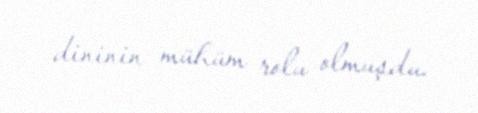
dininin mühüm rolu olmuşdu.